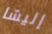
إليشا